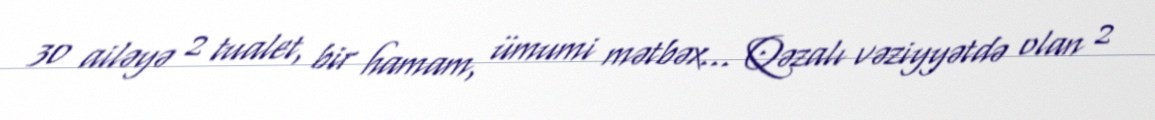
30 ailəyə 2 tualet, bir hamam, ümumi mətbəx... Qəzalı vəziyyətdə olan 2